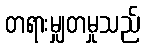
တရားမျှတမှုသည်